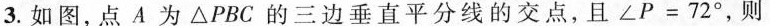
3.如图，点A为△PBC的三边垂直平分线的交点，且$$∠ P = 7 2 °$$，则